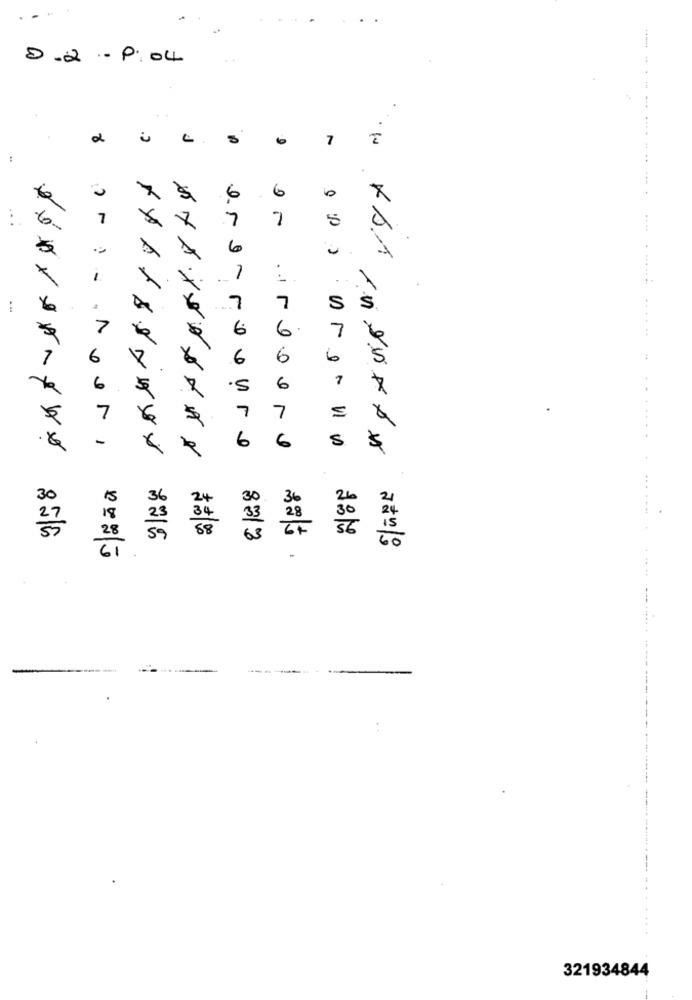
8.2 .-
P: 04
J
7
:
6
6
x
7
7
7
7
5
6
6
7
7
S
$
7
6
7
6
6
6
6
7
6
7
6
Spare-
ers-rouvre
6
origooro
NOF
30
36
30
21
24
18
23
28
24.
17
33
61
60
321934844